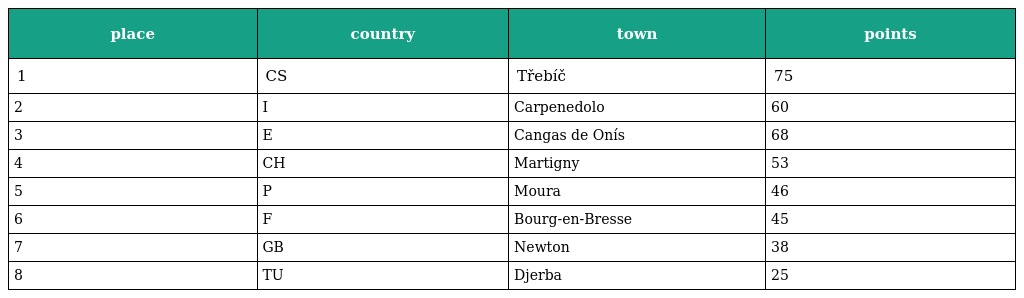
| place | country | town | points |
 | --- | --- | --- | --- |
 | 1 | CS | Třebíč | 75 |
 | 2 | I | Carpenedolo | 60 |
 | 3 | E | Cangas de Onís | 68 |
 | 4 | CH | Martigny | 53 |
 | 5 | P | Moura | 46 |
 | 6 | F | Bourg-en-Bresse | 45 |
 | 7 | GB | Newton | 38 |
 | 8 | TU | Djerba | 25 |